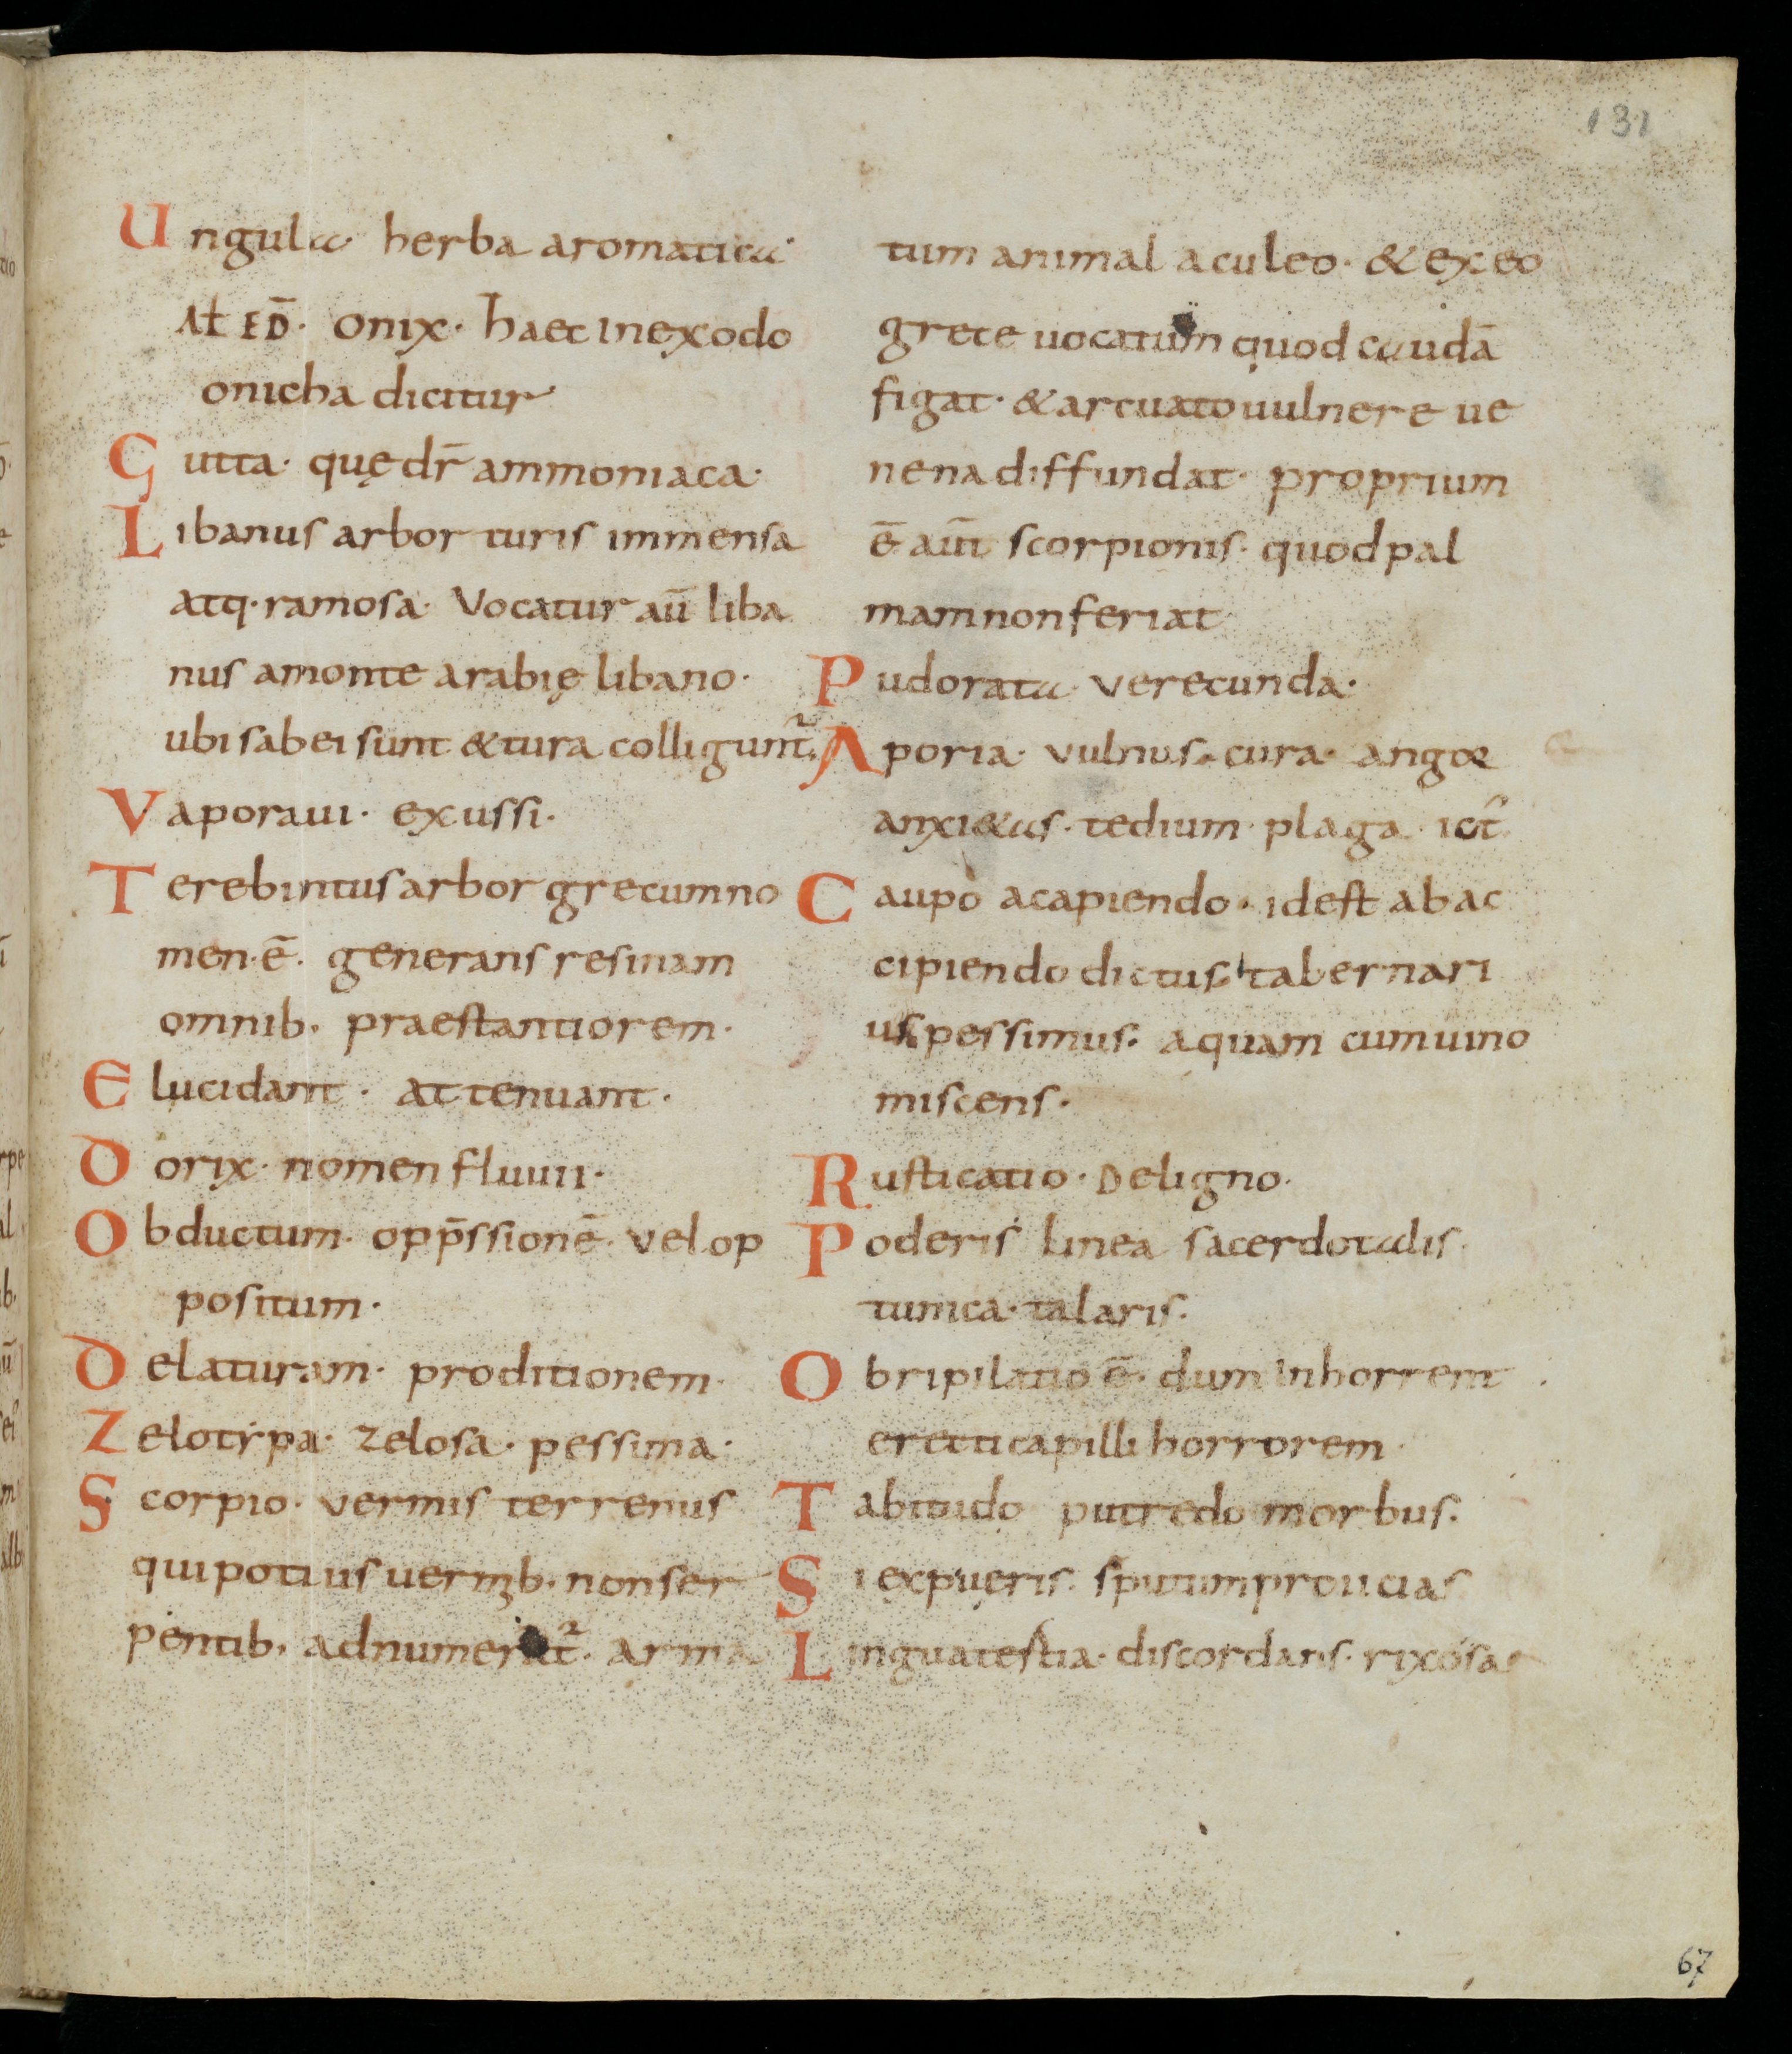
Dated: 800–899